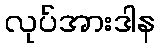
လုပ်အားဒါန